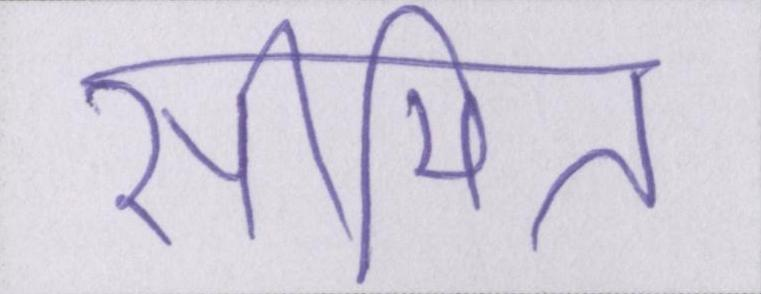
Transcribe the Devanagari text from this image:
सीमित